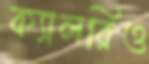
ক্যালরিও